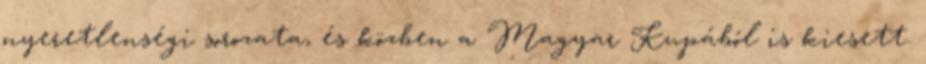
nyeretlenségi sorozata, és közben a Magyar Kupából is kiesett.